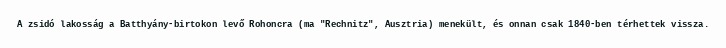
A zsidó lakosság a Batthyány-birtokon levő Rohoncra (ma "Rechnitz", Ausztria) menekült, és onnan csak 1840-ben térhettek vissza.